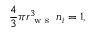
\frac { 4 } { 3 } \pi r _ { \mathrm { ~ w ~ s ~ } } ^ { 3 } \, n _ { i } = 1 ,